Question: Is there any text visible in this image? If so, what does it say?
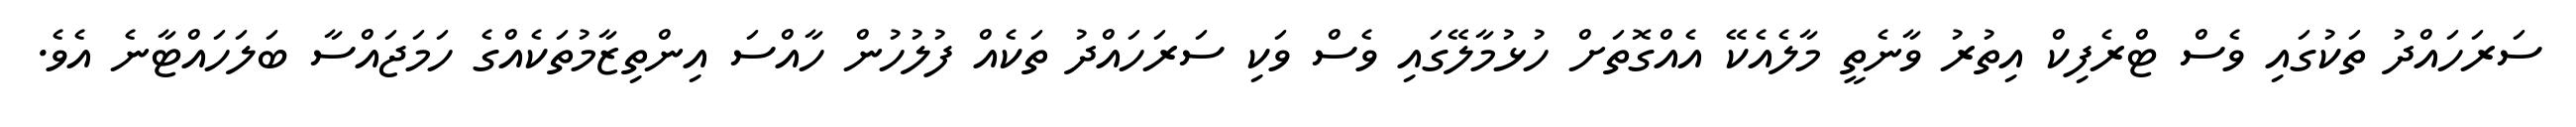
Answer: ސަރަހައްދު ތަކުގައި ވެސް ޓްރެފިކް އިތުރު ވާނެތީ މާލެއެކޭ އެއްގޮތަށް ހުޅުމާލޭގައި ވެސް ވަކި ސަރަހައްދު ތަކެއް ފުލުހުން ހާއްސަ އިންތިޒާމުތަކެއްގެ ހަމަޖައްސާ ބަލަހައްޓާނެ އެވެ.